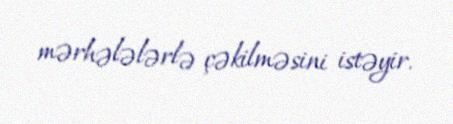
mərhələlərlə çəkilməsini istəyir.